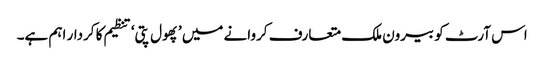
اس آرٹ کو بیرون ملک متعارف کروانے میں ’پھول پتی‘ تنظیم کا کردار اہم ہے۔